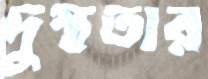
দুস্থতার